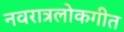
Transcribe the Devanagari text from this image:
नवरात्रलोकगीत